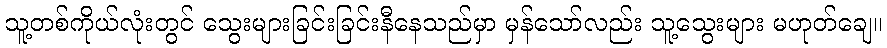
သူ့တစ်ကိုယ်လုံးတွင် သွေးများခြင်းခြင်းနီနေသည်မှာ မှန်သော်လည်း သူ့သွေးများ မဟုတ်ချေ။